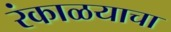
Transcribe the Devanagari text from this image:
रंकाळयाचा